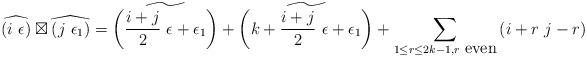
LaTeX: \begin{align*}\widehat{\left(i\ \epsilon\right)}\boxtimes\widehat{\left(j\ \epsilon_{1}\right)}=\widetilde{\left(\frac{i+j}{2}\ \epsilon+\epsilon_{1}\right)}+\widetilde{\left(k+\frac{i+j}{2}\ \epsilon+\epsilon_{1}\right)}+\sum_{1\le r\le2k-1,r\ \mbox{even}}\left(i+r\ j-r\right)\end{align*}